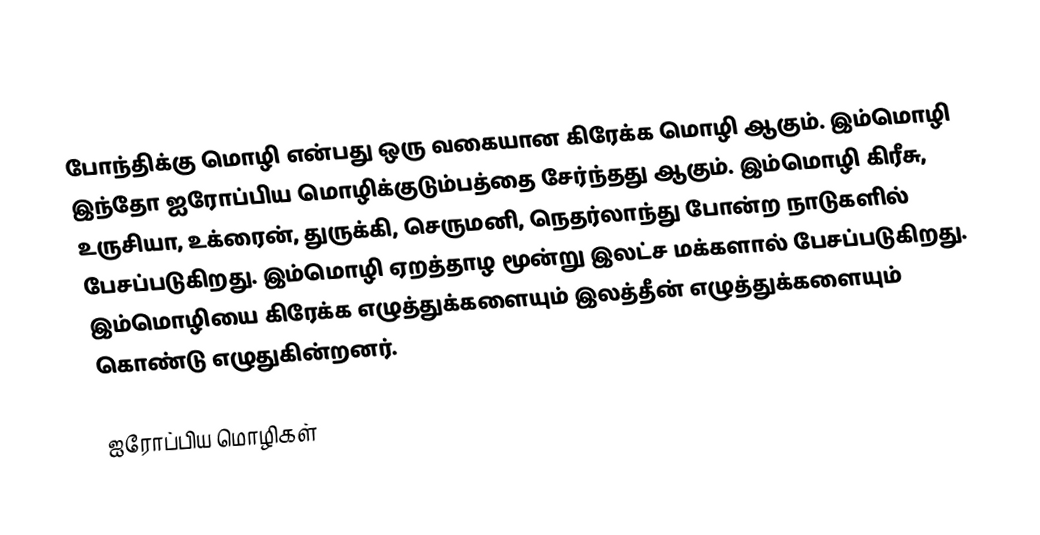
போந்திக்கு மொழி என்பது ஒரு வகையான கிரேக்க மொழி ஆகும். இம்மொழி இந்தோ ஐரோப்பிய மொழிக்குடும்பத்தை சேர்ந்தது ஆகும். இம்மொழி கிரீசு, உருசியா, உக்ரைன், துருக்கி, செருமனி, நெதர்லாந்து போன்ற நாடுகளில் பேசப்படுகிறது. இம்மொழி ஏறத்தாழ மூன்று இலட்ச மக்களால் பேசப்படுகிறது. இம்மொழியை கிரேக்க எழுத்துக்களையும் இலத்தீன் எழுத்துக்களையும் கொண்டு எழுதுகின்றனர்.

ஐரோப்பிய மொழிகள்